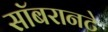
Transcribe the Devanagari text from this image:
सॉबरानटे